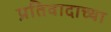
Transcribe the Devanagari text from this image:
प्रतिवादाच्या